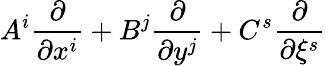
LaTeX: A^{i}\frac{\partial}{\partial x^{i}}+B^{j}\frac{\partial}{\partial y^{j}}+C^{s}\frac{\partial}{\partial\xi^{s}}